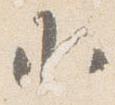
小